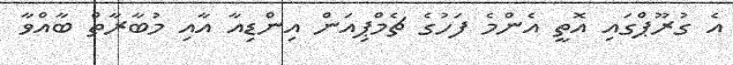
އެ ގުރޫޕްގައި އޮތީ އެންމެ ފަހުގެ ޗެމްޕިއަން އިންޑިއާ އާއި މުބާރާތް ބާއްވާ